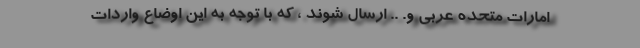
امارات متحده عربی و. .. ارسال شوند ، که با توجه به این اوضاع واردات